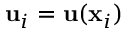
\mathbf { u } _ { i } = \mathbf { u } ( \mathbf { x } _ { i } )